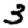
Digit: 3